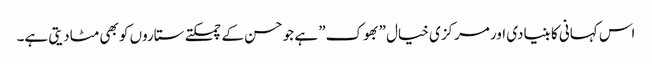
اس کہانی کا بنیادی اور مرکزی خیال ”بھوک” ہے جو حسن کے چمکتے ستاروں کو بھی مٹادیتی ہے۔